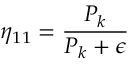
\displaystyle \eta _ { 1 1 } = \frac { P _ { k } } { P _ { k } + \epsilon }